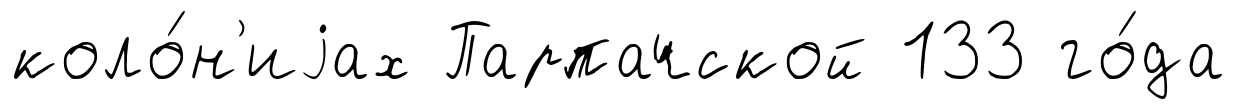
коло́н'иjах Парпачской 133 го́да